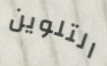
التلوين